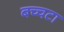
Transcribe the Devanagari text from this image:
बच्चटा